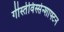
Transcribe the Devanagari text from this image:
गीस्तेविस्सेन्शाफ्टन